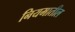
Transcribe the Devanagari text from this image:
नियमातील